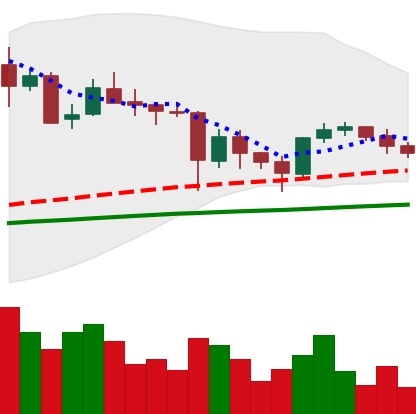
Ticker: ETC-USD
Chart end date: 2021-05-29
Forward return: 8.588%
Label: up_7plus